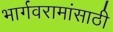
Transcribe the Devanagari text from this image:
भार्गवरामांसाठी